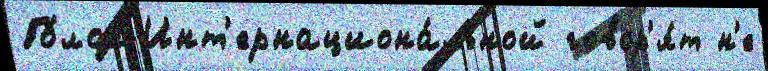
Го́лос Инт'ернациона́льной говор'я́т н'е